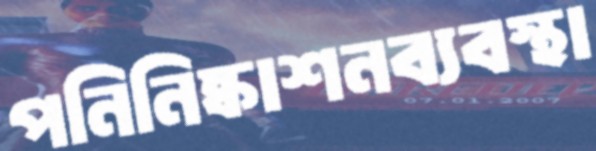
পনিনিষ্কাশনব্যবস্থা